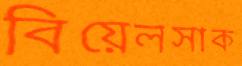
বিয়েলসাক